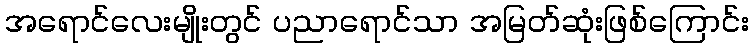
အရောင်လေးမျိုးတွင် ပညာရောင်သာ အမြတ်ဆုံးဖြစ်ကြောင်း